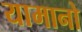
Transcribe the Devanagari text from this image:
यामानो